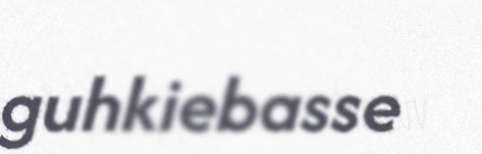
guhkiebasse